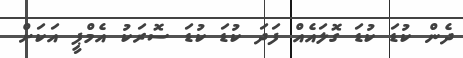
ދެން ކުޑަ ކުޑަ ގޮލައެއް ފަދަ ކުޑަ ކުޑަ ސޮރަކު އެމްޕީ އަކަށް